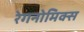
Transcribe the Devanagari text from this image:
रेगनोमिक्स